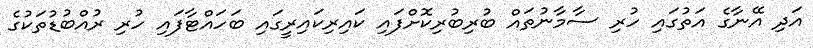
އަދި އޭނާގެ އަތުގައި ހުރި ސާމާނުތައް ބުރިބުރިކޮށްފައި ކައިރިކައިރީގައި ބަހައްޓާފައި ހުރި ރުއްބުޑުތަކުގެ